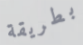
بطريقة